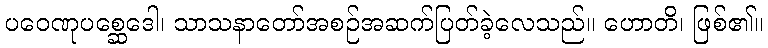
ပဝေဏုပစ္ဆေဒေါ၊ သာသနာတော်အစဉ်အဆက်ပြတ်ခဲ့လေသည်။ ဟောတိ၊ ဖြစ်၏။